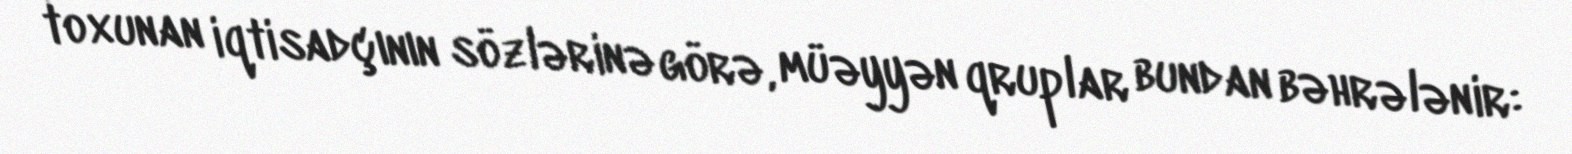
toxunan iqtisadçının sözlərinə görə, müəyyən qruplar bundan bəhrələnir: